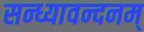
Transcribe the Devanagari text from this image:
सन्ध्यावन्दनम्